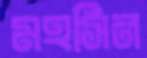
মহসিন